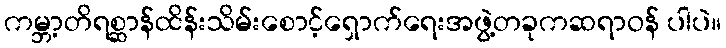
ကမ္ဘာ့တိရစ္ဆာန်ထိန်းသိမ်းစောင့်ရှောက်ရေးအဖွဲ့တခုကဆရာဝန် ပါပဲ။